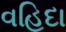
વહિદા